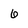
Character: 6